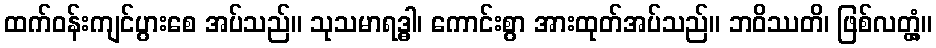
ထက်ဝန်းကျင်ပွားစေ အပ်သည်။ သုသမာရဒ္ဓါ၊ ကောင်းစွာ အားထုတ်အပ်သည်။ ဘဝိဿတိ၊ ဖြစ်လတ္တံ့။